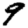
Digit: 9